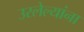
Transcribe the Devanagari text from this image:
उरलेल्यांना